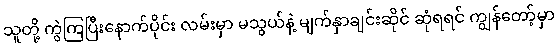
သူတို့ ကွဲကြပြီးနောက်ပိုင်း လမ်းမှာ မသွယ်နဲ့ မျက်နှာချင်းဆိုင် ဆုံရရင် ကျွန်တော့်မှာ